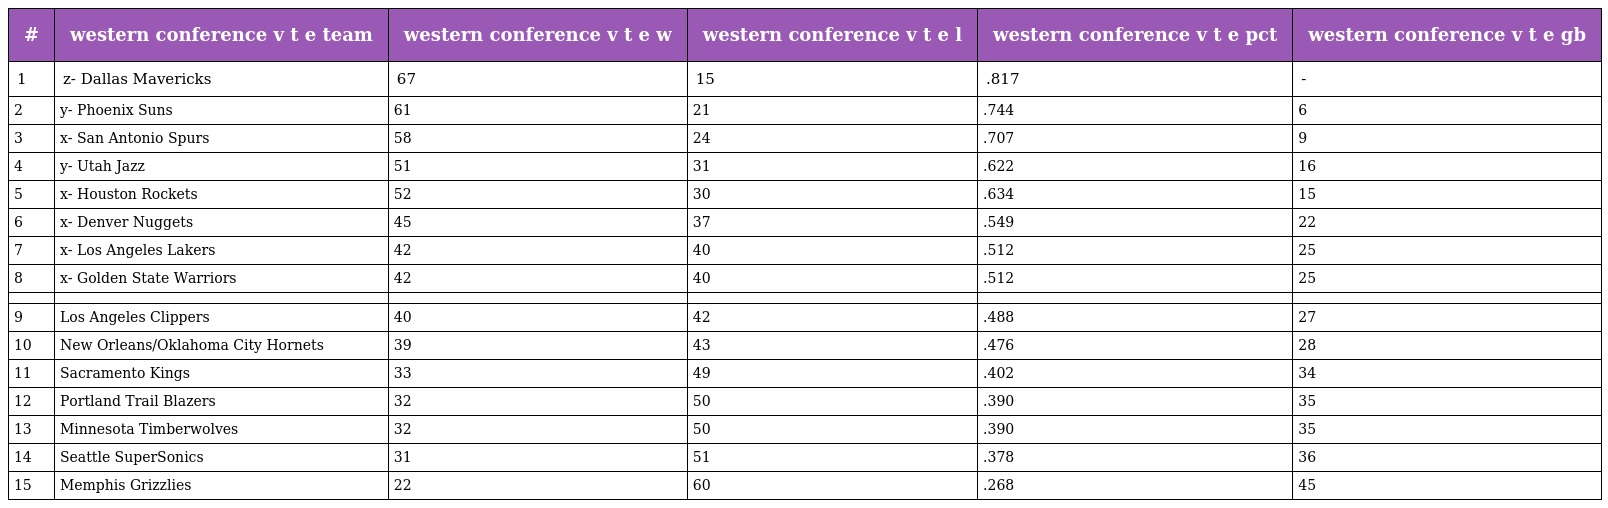
| # | western conference v t e team | western conference v t e w | western conference v t e l | western conference v t e pct | western conference v t e gb |
 | --- | --- | --- | --- | --- | --- |
 | 1 | z- Dallas Mavericks | 67 | 15 | .817 | - |
 | 2 | y- Phoenix Suns | 61 | 21 | .744 | 6 |
 | 3 | x- San Antonio Spurs | 58 | 24 | .707 | 9 |
 | 4 | y- Utah Jazz | 51 | 31 | .622 | 16 |
 | 5 | x- Houston Rockets | 52 | 30 | .634 | 15 |
 | 6 | x- Denver Nuggets | 45 | 37 | .549 | 22 |
 | 7 | x- Los Angeles Lakers | 42 | 40 | .512 | 25 |
 | 8 | x- Golden State Warriors | 42 | 40 | .512 | 25 |
 |  |  |  |  |  |  |
 | 9 | Los Angeles Clippers | 40 | 42 | .488 | 27 |
 | 10 | New Orleans/Oklahoma City Hornets | 39 | 43 | .476 | 28 |
 | 11 | Sacramento Kings | 33 | 49 | .402 | 34 |
 | 12 | Portland Trail Blazers | 32 | 50 | .390 | 35 |
 | 13 | Minnesota Timberwolves | 32 | 50 | .390 | 35 |
 | 14 | Seattle SuperSonics | 31 | 51 | .378 | 36 |
 | 15 | Memphis Grizzlies | 22 | 60 | .268 | 45 |